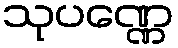
သုပဏ္ဏေ